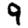
Digit: 9